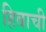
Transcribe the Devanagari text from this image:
हिबाची